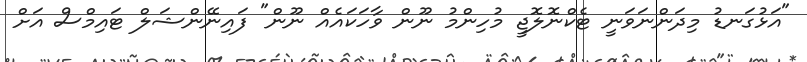
"އަޅުގަނޑު މިދަންނަވަނީ ޓެކްނޮލޮޖީ މުހިންމު ނޫން ވާހަކައެއް ނޫން" ފައިނޭންޝަލް ޓައިމްސް އަށް